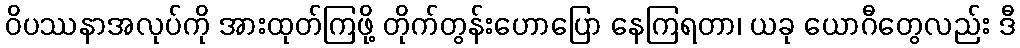
ဝိပဿနာအလုပ်ကို အားထုတ်ကြဖို့ တိုက်တွန်းဟောပြော နေကြရတာ၊ ယခု ယောဂီတွေလည်း ဒီ